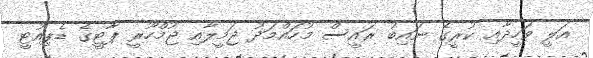
އަލީ ވަހީދާއި ކުރީގެ ނައިބު ރައީސް މުހައްމަދު ޖަމީލާއި ޖުމްހޫރީ ޕާޓީގެ ޑެޕިއުޓީ